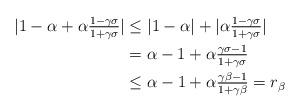
LaTeX: \begin{align*}|1-\alpha+\alpha\tfrac{1-\gamma \sigma}{1+\gamma \sigma}|&\leq|1-\alpha|+|\alpha\tfrac{1-\gamma \sigma}{1+\gamma \sigma}|\\&=\alpha-1+\alpha\tfrac{\gamma \sigma-1}{1+\gamma \sigma}\\&\leq \alpha-1+\alpha\tfrac{\gamma \beta-1}{1+\gamma \beta}=r_\beta\end{align*}